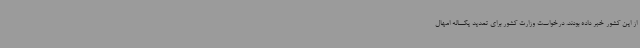
از این کشور خبر داده بودند. درخواست وزارت کشور برای تمدید یکساله امهال